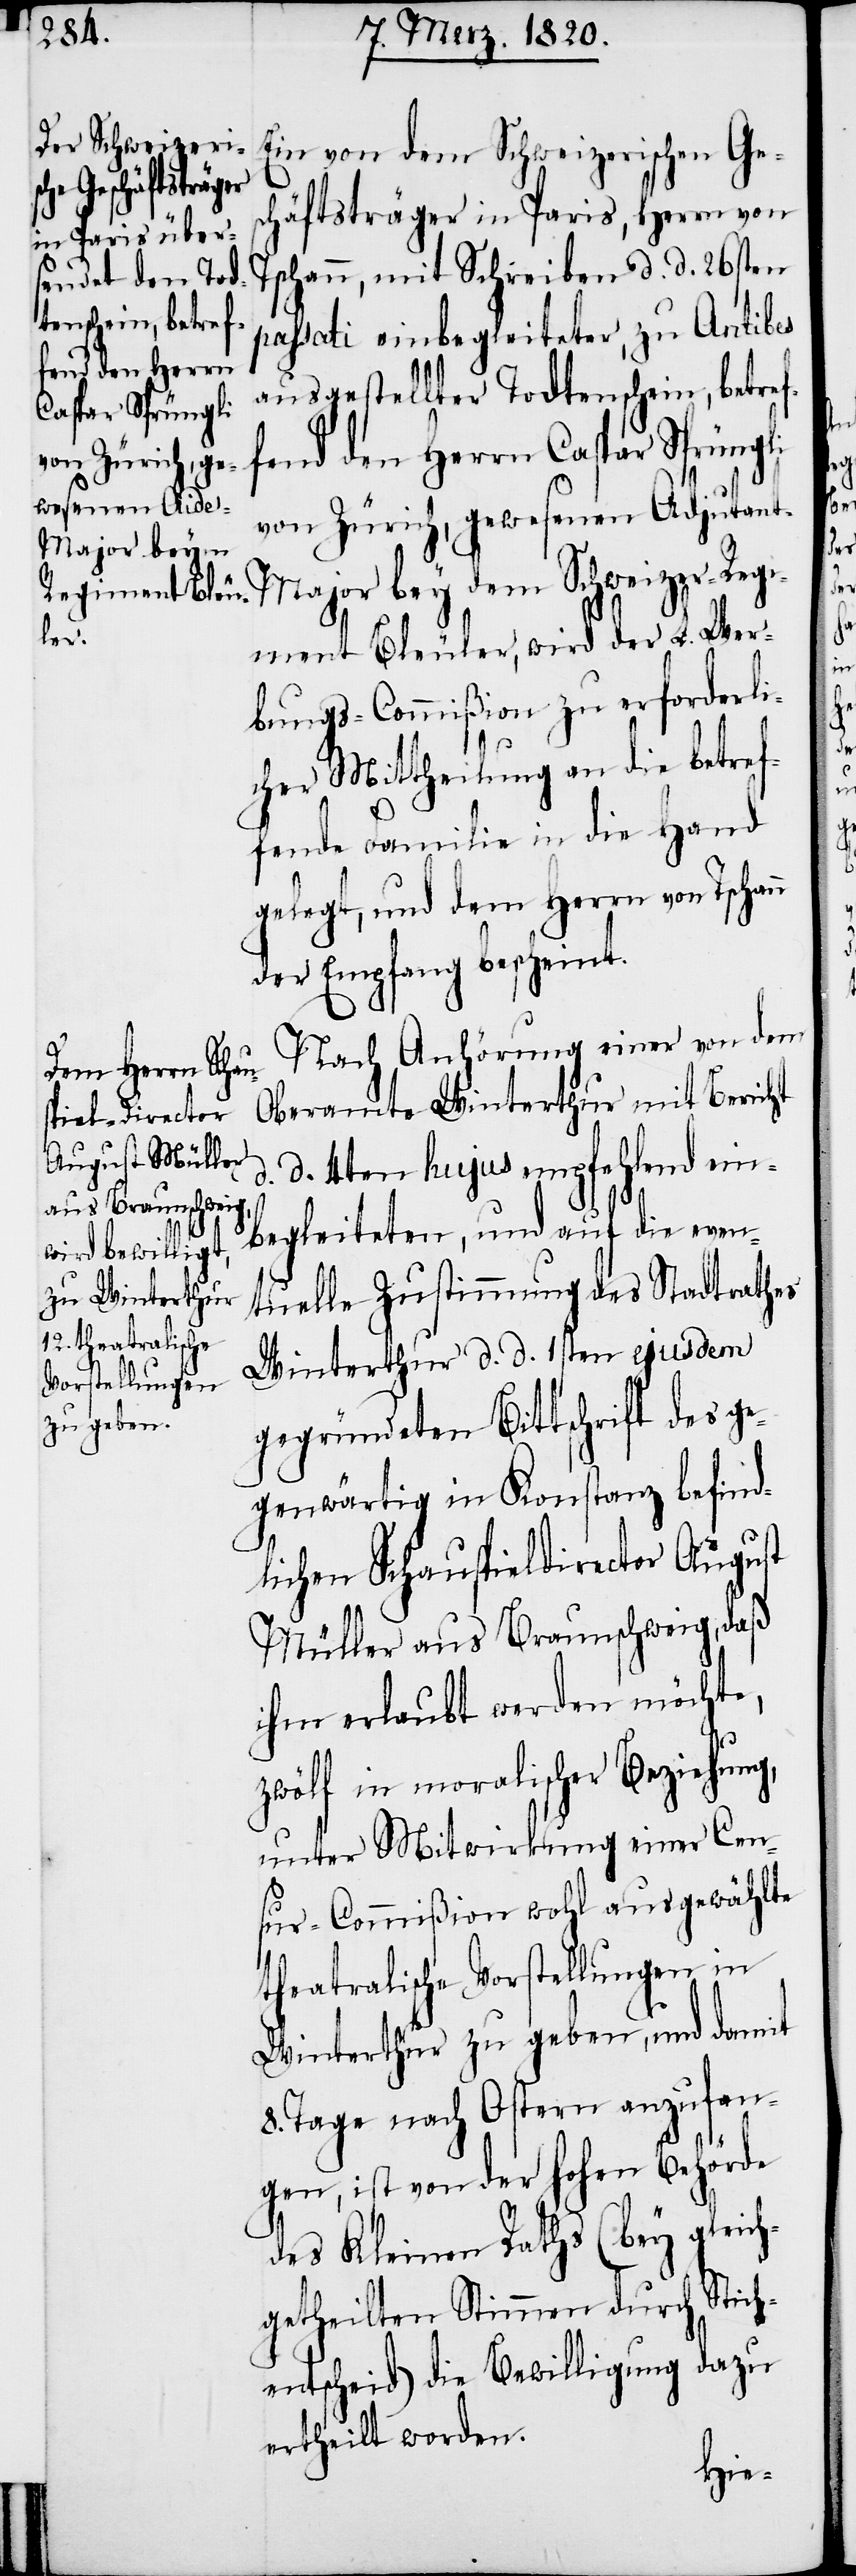
fend den Herrn
Caspar Sprüngli
n

Ein von dem Schweizerischen Ges¬
chäftsträger in Paris, Herrn von
Tschann, mit Schreiben d. d. 26sten
passati einbegleiteter, zu Antibes
ausgestellter Todtenschein, betref¬
von Zürich, gewesenen Adjutan¬
t-Major bey dem Schweizer-Regi¬
ment Bleuler, wird der L. Wer¬
bungs-Commißion zu erforderli¬
cher Mittheilung an die betref¬
fende Familie in die Hand
gelegt, und dem Herrn von Tschan¬
der Empfang bescheint.
Nach Anhörung einer von dem
Oberamte Winterthur mit Bericht
d. 4ten hujus empfehlend ein¬
begleiteten, und auf die even¬
tuelle Zustimmung des Stadtrathes
Winterthur d. d. 1sten ejusdem
gegründeten Bittschrift des ge¬
genwärtig in Konstanz befind¬
lichen Schauspieldirector August
Müller aus Braunschweig, daß
ihm erlaubt werden möchte,
zwölf in moralischer Beziehung,
unter Mitwirkung einer Cen¬
sur-Commißion wohl ausgewählte
theatralische Vorstellungen in
Winterthur zu geben, und damit
8. Tage nach Ostern anzufan¬
gen, ist von der hohen Behörde
des Kleinen Raths (bey gleich¬
getheilten Stimmen durch Stich¬
entscheid) die Bewilligung dazu
ertheilt worden.